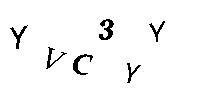
YVC3YY